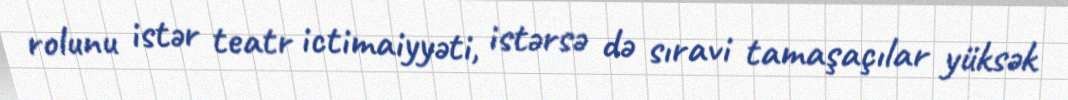
rolunu istər teatr ictimaiyyəti, istərsə də sıravi tamaşaçılar yüksək